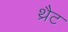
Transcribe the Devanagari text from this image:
थ्रैट